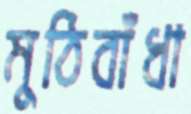
মুঠিবাঁধা